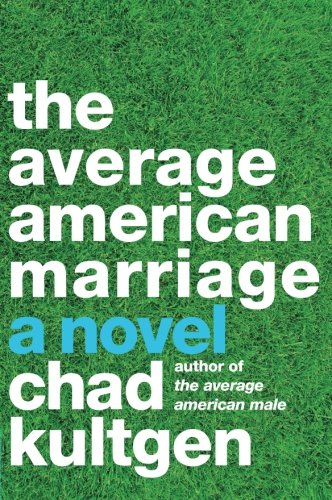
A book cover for The Average American Marriage: A Novel; Chad Kultgen; Literature & Fiction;